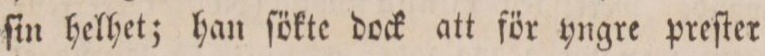
ſin helhet; han ſökte dock att för yngre preſter